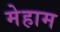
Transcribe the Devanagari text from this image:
मेहाम